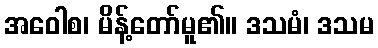
အဝေါစ၊ မိန့်တော်မူ၏။ ဒသမံ၊ ဒသမ